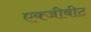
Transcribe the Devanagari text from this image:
एक्जीबीट